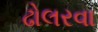
ઢોલરવા